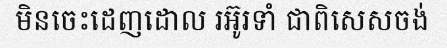
មិនចេះដេញដោល រអ៊ូរទាំ ជាពិសេសចង់